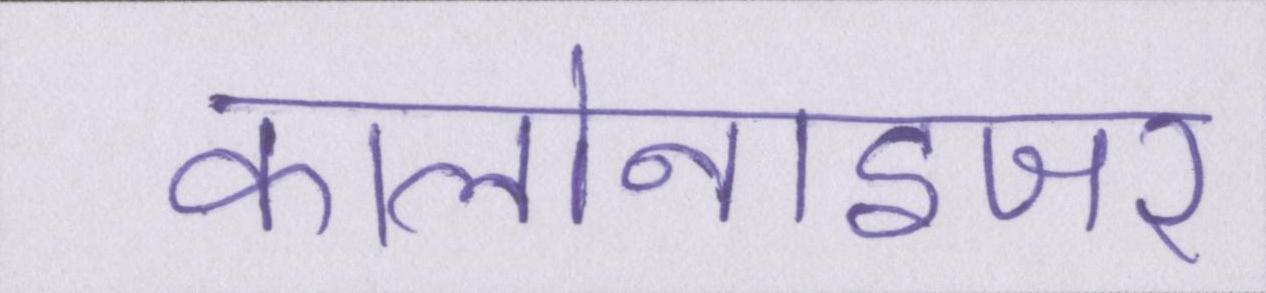
कालोनाइजर